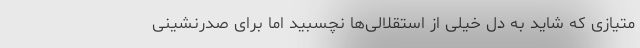
متیازی که شاید به دل خیلی از استقلالی‌ها نچسبید اما برای صدرنشینی